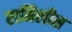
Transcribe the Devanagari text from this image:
रामिलीस